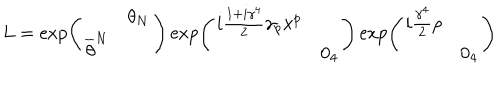
L = \exp \left( \begin{array} { c c } { { } } & { { \theta _ { N } } } \\ { { \overline { { { \theta } } } ^ { N } } } & { { } } \\ \end{array} \right) \exp \left( \begin{array} { c c } { { i \frac { 1 + i \gamma ^ { 4 } } { 2 } \gamma _ { p } x ^ { p } } } & { { } } \\ { { } } & { { 0 _ { 4 } } } \\ \end{array} \right) \exp \left( \begin{array} { c c } { { i \frac { \gamma ^ { 4 } } { 2 } \rho } } & { { } } \\ { { } } & { { 0 _ { 4 } } } \\ \end{array} \right)